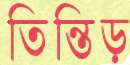
তিন্তিড়